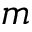
m